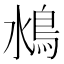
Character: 𩾼